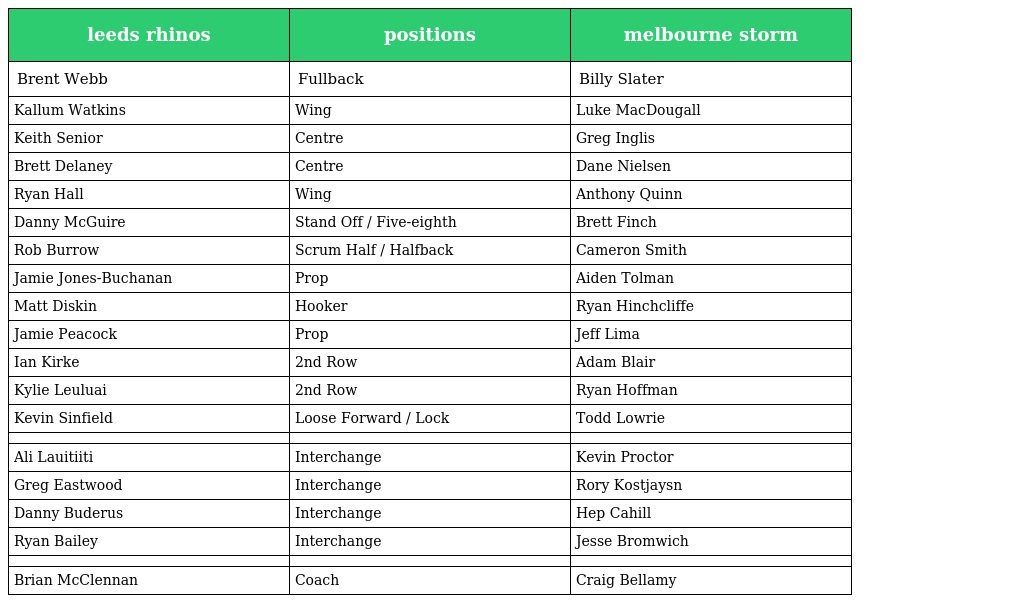
| leeds rhinos | positions | melbourne storm |
 | --- | --- | --- |
 | Brent Webb | Fullback | Billy Slater |
 | Kallum Watkins | Wing | Luke MacDougall |
 | Keith Senior | Centre | Greg Inglis |
 | Brett Delaney | Centre | Dane Nielsen |
 | Ryan Hall | Wing | Anthony Quinn |
 | Danny McGuire | Stand Off / Five-eighth | Brett Finch |
 | Rob Burrow | Scrum Half / Halfback | Cameron Smith |
 | Jamie Jones-Buchanan | Prop | Aiden Tolman |
 | Matt Diskin | Hooker | Ryan Hinchcliffe |
 | Jamie Peacock | Prop | Jeff Lima |
 | Ian Kirke | 2nd Row | Adam Blair |
 | Kylie Leuluai | 2nd Row | Ryan Hoffman |
 | Kevin Sinfield | Loose Forward / Lock | Todd Lowrie |
 |  |  |  |
 | Ali Lauitiiti | Interchange | Kevin Proctor |
 | Greg Eastwood | Interchange | Rory Kostjaysn |
 | Danny Buderus | Interchange | Hep Cahill |
 | Ryan Bailey | Interchange | Jesse Bromwich |
 |  |  |  |
 | Brian McClennan | Coach | Craig Bellamy |